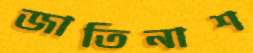
জাতিনাশ